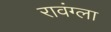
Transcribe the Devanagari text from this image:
रावंग्ला